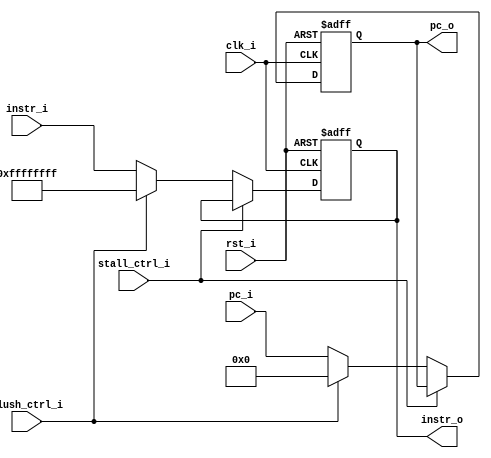
module IFToID (
    input [31:0] pc_i,  // The pc next to the instruction's.
    input [31:0] instr_i,  // 32-bits input instruction.
    input flush_ctrl_i,  // Flag for flushing or not.

    output [31:0] pc_o,  // The pc next to the instruction's.
    output [31:0] instr_o,  // The instruction.

    input stall_ctrl_i,  // Stall or not.
    input rst_i,  // Reset or not.
    input clk_i  // Note: this module works on posedge.
);

reg [31:0] pc;
reg [31:0] instr;

assign pc_o = pc;
assign instr_o = instr;


always @ (posedge clk_i or posedge rst_i) begin
    if (rst_i) begin
        pc <= 32'b0;
        instr <= 32'b0;
    end else begin
        if (stall_ctrl_i) begin
        end else if (flush_ctrl_i) begin
            pc <= 32'b0;
            instr <= {32{1'b1}};
        end else begin
            pc <= pc_i;
            instr <= instr_i;
        end
    end
end

endmodule